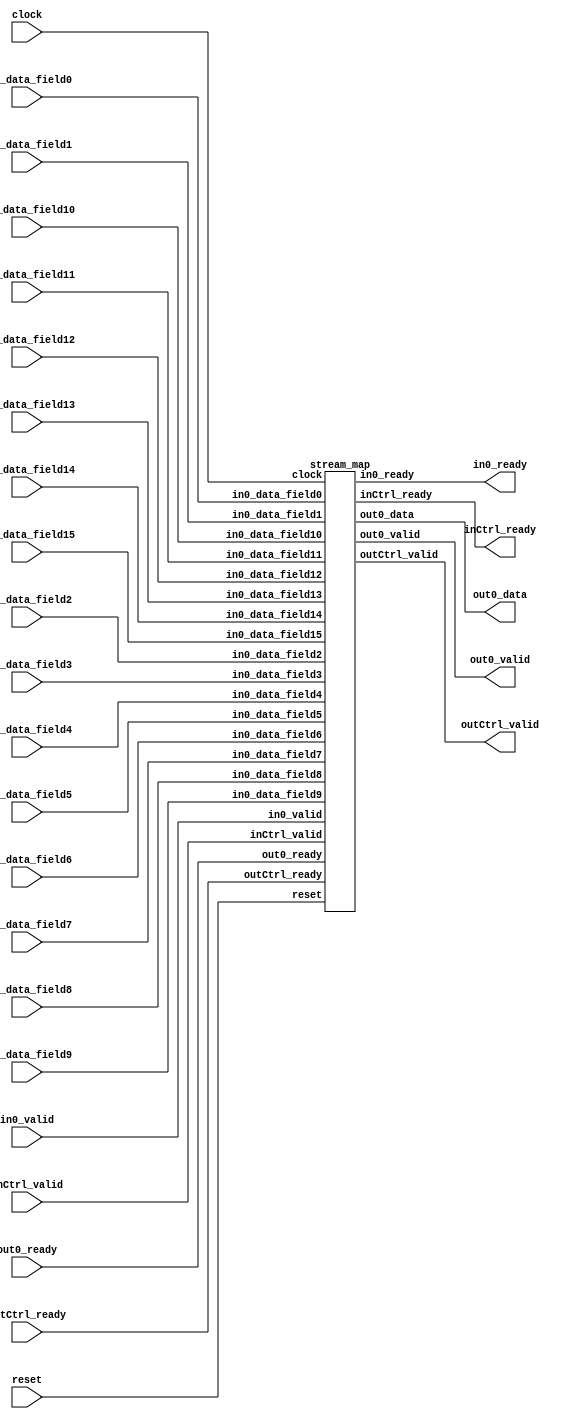
// Standard header to adapt well known macros to our needs.
`ifdef RANDOMIZE_REG_INIT
  `define RANDOMIZE
`endif

// RANDOM may be set to an expression that produces a 32-bit random unsigned value.
`ifndef RANDOM
  `define RANDOM $random
`endif

// Users can define INIT_RANDOM as general code that gets injected into the
// initializer block for modules with registers.
`ifndef INIT_RANDOM
  `define INIT_RANDOM
`endif

// If using random initialization, you can also define RANDOMIZE_DELAY to
// customize the delay used, otherwise 0.002 is used.
`ifndef RANDOMIZE_DELAY
  `define RANDOMIZE_DELAY 0.002
`endif

// Define INIT_RANDOM_PROLOG_ for use in our modules below.
`ifdef RANDOMIZE
  `ifdef VERILATOR
    `define INIT_RANDOM_PROLOG_ `INIT_RANDOM
  `else
    `define INIT_RANDOM_PROLOG_ `INIT_RANDOM #`RANDOMIZE_DELAY begin end
  `endif
`else
  `define INIT_RANDOM_PROLOG_
`endif

module tuples(	// ../tmp/unpack.mlir:4:1
  input         in0_valid,
  input  [31:0] in0_data_field0,
                in0_data_field1,
                in0_data_field2,
                in0_data_field3,
                in0_data_field4,
                in0_data_field5,
                in0_data_field6,
                in0_data_field7,
                in0_data_field8,
                in0_data_field9,
                in0_data_field10,
                in0_data_field11,
                in0_data_field12,
                in0_data_field13,
                in0_data_field14,
                in0_data_field15,
  input         inCtrl_valid,
                out0_ready,
                outCtrl_ready,
                clock,
                reset,
  output        in0_ready,
                inCtrl_ready,
                out0_valid,
  output [31:0] out0_data,
  output        outCtrl_valid);

  stream_map stream_map0 (	// ../tmp/unpack.mlir:5:10
    .in0_valid        (in0_valid),
    .in0_data_field0  (in0_data_field0),
    .in0_data_field1  (in0_data_field1),
    .in0_data_field2  (in0_data_field2),
    .in0_data_field3  (in0_data_field3),
    .in0_data_field4  (in0_data_field4),
    .in0_data_field5  (in0_data_field5),
    .in0_data_field6  (in0_data_field6),
    .in0_data_field7  (in0_data_field7),
    .in0_data_field8  (in0_data_field8),
    .in0_data_field9  (in0_data_field9),
    .in0_data_field10 (in0_data_field10),
    .in0_data_field11 (in0_data_field11),
    .in0_data_field12 (in0_data_field12),
    .in0_data_field13 (in0_data_field13),
    .in0_data_field14 (in0_data_field14),
    .in0_data_field15 (in0_data_field15),
    .inCtrl_valid     (inCtrl_valid),
    .out0_ready       (out0_ready),
    .outCtrl_ready    (outCtrl_ready),
    .clock            (clock),
    .reset            (reset),
    .in0_ready        (in0_ready),
    .inCtrl_ready     (inCtrl_ready),
    .out0_valid       (out0_valid),
    .out0_data        (out0_data),
    .outCtrl_valid    (outCtrl_valid)
  );
endmodule

module handshake_unpack_in_tuple_ui32_ui32_ui32_ui32_ui32_ui32_ui32_ui32_ui32_ui32_ui32_ui32_ui32_ui32_ui32_ui32_out_ui32_ui32_ui32_ui32_ui32_ui32_ui32_ui32_ui32_ui32_ui32_ui32_ui32_ui32_ui32_ui32(
  input         in0_valid,
  input  [31:0] in0_data_field0,
                in0_data_field1,
                in0_data_field2,
                in0_data_field3,
                in0_data_field4,
                in0_data_field5,
                in0_data_field6,
                in0_data_field7,
                in0_data_field8,
                in0_data_field9,
                in0_data_field10,
                in0_data_field11,
                in0_data_field12,
                in0_data_field13,
                in0_data_field14,
                in0_data_field15,
  input         out0_ready,
                out1_ready,
                out2_ready,
                out3_ready,
                out4_ready,
                out5_ready,
                out6_ready,
                out7_ready,
                out8_ready,
                out9_ready,
                out10_ready,
                out11_ready,
                out12_ready,
                out13_ready,
                out14_ready,
                out15_ready,
                clock,
                reset,
  output        in0_ready,
                out0_valid,
  output [31:0] out0_data,
  output        out1_valid,
  output [31:0] out1_data,
  output        out2_valid,
  output [31:0] out2_data,
  output        out3_valid,
  output [31:0] out3_data,
  output        out4_valid,
  output [31:0] out4_data,
  output        out5_valid,
  output [31:0] out5_data,
  output        out6_valid,
  output [31:0] out6_data,
  output        out7_valid,
  output [31:0] out7_data,
  output        out8_valid,
  output [31:0] out8_data,
  output        out9_valid,
  output [31:0] out9_data,
  output        out10_valid,
  output [31:0] out10_data,
  output        out11_valid,
  output [31:0] out11_data,
  output        out12_valid,
  output [31:0] out12_data,
  output        out13_valid,
  output [31:0] out13_data,
  output        out14_valid,
  output [31:0] out14_data,
  output        out15_valid,
  output [31:0] out15_data);

  wire _GEN;
  wire _GEN_0;
  wire _GEN_1;
  wire _GEN_2;
  wire _GEN_3;
  wire _GEN_4;
  wire _GEN_5;
  wire _GEN_6;
  wire _GEN_7;
  wire _GEN_8;
  wire _GEN_9;
  wire _GEN_10;
  wire _GEN_11;
  wire _GEN_12;
  wire _GEN_13;
  wire _GEN_14;
  reg  emtd0;
  reg  emtd1;
  reg  emtd2;
  reg  emtd3;
  reg  emtd4;
  reg  emtd5;
  reg  emtd6;
  reg  emtd7;
  reg  emtd8;
  reg  emtd9;
  reg  emtd10;
  reg  emtd11;
  reg  emtd12;
  reg  emtd13;
  reg  emtd14;
  reg  emtd15;

  wire _GEN_15 = _GEN & _GEN_0 & _GEN_1 & _GEN_2 & _GEN_3 & _GEN_4 & _GEN_5 & _GEN_6 & _GEN_7 & _GEN_8 &
                _GEN_9 & _GEN_10 & _GEN_11 & _GEN_12 & _GEN_13 & _GEN_14;
  wire _GEN_16 = ~emtd0 & in0_valid;
  assign _GEN_14 = out0_ready & _GEN_16 | emtd0;
  wire _GEN_17 = ~emtd1 & in0_valid;
  assign _GEN_13 = out1_ready & _GEN_17 | emtd1;
  wire _GEN_18 = ~emtd2 & in0_valid;
  assign _GEN_12 = out2_ready & _GEN_18 | emtd2;
  wire _GEN_19 = ~emtd3 & in0_valid;
  assign _GEN_11 = out3_ready & _GEN_19 | emtd3;
  wire _GEN_20 = ~emtd4 & in0_valid;
  assign _GEN_10 = out4_ready & _GEN_20 | emtd4;
  wire _GEN_21 = ~emtd5 & in0_valid;
  assign _GEN_9 = out5_ready & _GEN_21 | emtd5;
  wire _GEN_22 = ~emtd6 & in0_valid;
  assign _GEN_8 = out6_ready & _GEN_22 | emtd6;
  wire _GEN_23 = ~emtd7 & in0_valid;
  assign _GEN_7 = out7_ready & _GEN_23 | emtd7;
  wire _GEN_24 = ~emtd8 & in0_valid;
  assign _GEN_6 = out8_ready & _GEN_24 | emtd8;
  wire _GEN_25 = ~emtd9 & in0_valid;
  assign _GEN_5 = out9_ready & _GEN_25 | emtd9;
  wire _GEN_26 = ~emtd10 & in0_valid;
  assign _GEN_4 = out10_ready & _GEN_26 | emtd10;
  wire _GEN_27 = ~emtd11 & in0_valid;
  assign _GEN_3 = out11_ready & _GEN_27 | emtd11;
  wire _GEN_28 = ~emtd12 & in0_valid;
  assign _GEN_2 = out12_ready & _GEN_28 | emtd12;
  wire _GEN_29 = ~emtd13 & in0_valid;
  assign _GEN_1 = out13_ready & _GEN_29 | emtd13;
  wire _GEN_30 = ~emtd14 & in0_valid;
  assign _GEN_0 = out14_ready & _GEN_30 | emtd14;
  `ifndef SYNTHESIS
    `ifdef RANDOMIZE_REG_INIT
      reg [31:0] _RANDOM;

    `endif
    initial begin
      `INIT_RANDOM_PROLOG_
      `ifdef RANDOMIZE_REG_INIT
        _RANDOM = {`RANDOM};
        emtd0 = _RANDOM[0];
        emtd1 = _RANDOM[1];
        emtd2 = _RANDOM[2];
        emtd3 = _RANDOM[3];
        emtd4 = _RANDOM[4];
        emtd5 = _RANDOM[5];
        emtd6 = _RANDOM[6];
        emtd7 = _RANDOM[7];
        emtd8 = _RANDOM[8];
        emtd9 = _RANDOM[9];
        emtd10 = _RANDOM[10];
        emtd11 = _RANDOM[11];
        emtd12 = _RANDOM[12];
        emtd13 = _RANDOM[13];
        emtd14 = _RANDOM[14];
        emtd15 = _RANDOM[15];
      `endif
    end // initial
  `endif
  always @(posedge clock) begin
    if (reset) begin
      emtd0 <= 1'h0;
      emtd1 <= 1'h0;
      emtd2 <= 1'h0;
      emtd3 <= 1'h0;
      emtd4 <= 1'h0;
      emtd5 <= 1'h0;
      emtd6 <= 1'h0;
      emtd7 <= 1'h0;
      emtd8 <= 1'h0;
      emtd9 <= 1'h0;
      emtd10 <= 1'h0;
      emtd11 <= 1'h0;
      emtd12 <= 1'h0;
      emtd13 <= 1'h0;
      emtd14 <= 1'h0;
      emtd15 <= 1'h0;
    end
    else begin
      emtd0 <= _GEN_14 & ~_GEN_15;
      emtd1 <= _GEN_13 & ~_GEN_15;
      emtd2 <= _GEN_12 & ~_GEN_15;
      emtd3 <= _GEN_11 & ~_GEN_15;
      emtd4 <= _GEN_10 & ~_GEN_15;
      emtd5 <= _GEN_9 & ~_GEN_15;
      emtd6 <= _GEN_8 & ~_GEN_15;
      emtd7 <= _GEN_7 & ~_GEN_15;
      emtd8 <= _GEN_6 & ~_GEN_15;
      emtd9 <= _GEN_5 & ~_GEN_15;
      emtd10 <= _GEN_4 & ~_GEN_15;
      emtd11 <= _GEN_3 & ~_GEN_15;
      emtd12 <= _GEN_2 & ~_GEN_15;
      emtd13 <= _GEN_1 & ~_GEN_15;
      emtd14 <= _GEN_0 & ~_GEN_15;
      emtd15 <= _GEN & ~_GEN_15;
    end
  end // always @(posedge)
      wire _GEN_31 = ~emtd15 & in0_valid;
  assign _GEN = out15_ready & _GEN_31 | emtd15;
  assign in0_ready = _GEN_15;
  assign out0_valid = _GEN_16;
  assign out0_data = in0_data_field0;
  assign out1_valid = _GEN_17;
  assign out1_data = in0_data_field1;
  assign out2_valid = _GEN_18;
  assign out2_data = in0_data_field2;
  assign out3_valid = _GEN_19;
  assign out3_data = in0_data_field3;
  assign out4_valid = _GEN_20;
  assign out4_data = in0_data_field4;
  assign out5_valid = _GEN_21;
  assign out5_data = in0_data_field5;
  assign out6_valid = _GEN_22;
  assign out6_data = in0_data_field6;
  assign out7_valid = _GEN_23;
  assign out7_data = in0_data_field7;
  assign out8_valid = _GEN_24;
  assign out8_data = in0_data_field8;
  assign out9_valid = _GEN_25;
  assign out9_data = in0_data_field9;
  assign out10_valid = _GEN_26;
  assign out10_data = in0_data_field10;
  assign out11_valid = _GEN_27;
  assign out11_data = in0_data_field11;
  assign out12_valid = _GEN_28;
  assign out12_data = in0_data_field12;
  assign out13_valid = _GEN_29;
  assign out13_data = in0_data_field13;
  assign out14_valid = _GEN_30;
  assign out14_data = in0_data_field14;
  assign out15_valid = _GEN_31;
  assign out15_data = in0_data_field15;
endmodule

module arith_addi_in_ui32_ui32_out_ui32(
  input         in0_valid,
  input  [31:0] in0_data,
  input         in1_valid,
  input  [31:0] in1_data,
  input         out0_ready,
  output        in0_ready,
                in1_ready,
                out0_valid,
  output [31:0] out0_data);

  wire _GEN = in0_valid & in1_valid;
  wire _GEN_0 = out0_ready & _GEN;
  assign in0_ready = _GEN_0;
  assign in1_ready = _GEN_0;
  assign out0_valid = _GEN;
  assign out0_data = in0_data + in1_data;
endmodule

module stream_map(
  input         in0_valid,
  input  [31:0] in0_data_field0,
                in0_data_field1,
                in0_data_field2,
                in0_data_field3,
                in0_data_field4,
                in0_data_field5,
                in0_data_field6,
                in0_data_field7,
                in0_data_field8,
                in0_data_field9,
                in0_data_field10,
                in0_data_field11,
                in0_data_field12,
                in0_data_field13,
                in0_data_field14,
                in0_data_field15,
  input         inCtrl_valid,
                out0_ready,
                outCtrl_ready,
                clock,
                reset,
  output        in0_ready,
                inCtrl_ready,
                out0_valid,
  output [31:0] out0_data,
  output        outCtrl_valid);

  wire        _arith_addi14_in0_ready;	// ../tmp/unpack.mlir:25:12
  wire        _arith_addi14_in1_ready;	// ../tmp/unpack.mlir:25:12
  wire        _arith_addi13_in0_ready;	// ../tmp/unpack.mlir:23:11
  wire        _arith_addi13_in1_ready;	// ../tmp/unpack.mlir:23:11
  wire        _arith_addi13_out0_valid;	// ../tmp/unpack.mlir:23:11
  wire [31:0] _arith_addi13_out0_data;	// ../tmp/unpack.mlir:23:11
  wire        _arith_addi12_in0_ready;	// ../tmp/unpack.mlir:22:11
  wire        _arith_addi12_in1_ready;	// ../tmp/unpack.mlir:22:11
  wire        _arith_addi12_out0_valid;	// ../tmp/unpack.mlir:22:11
  wire [31:0] _arith_addi12_out0_data;	// ../tmp/unpack.mlir:22:11
  wire        _arith_addi11_in0_ready;	// ../tmp/unpack.mlir:20:11
  wire        _arith_addi11_in1_ready;	// ../tmp/unpack.mlir:20:11
  wire        _arith_addi11_out0_valid;	// ../tmp/unpack.mlir:20:11
  wire [31:0] _arith_addi11_out0_data;	// ../tmp/unpack.mlir:20:11
  wire        _arith_addi10_in0_ready;	// ../tmp/unpack.mlir:19:11
  wire        _arith_addi10_in1_ready;	// ../tmp/unpack.mlir:19:11
  wire        _arith_addi10_out0_valid;	// ../tmp/unpack.mlir:19:11
  wire [31:0] _arith_addi10_out0_data;	// ../tmp/unpack.mlir:19:11
  wire        _arith_addi9_in0_ready;	// ../tmp/unpack.mlir:18:11
  wire        _arith_addi9_in1_ready;	// ../tmp/unpack.mlir:18:11
  wire        _arith_addi9_out0_valid;	// ../tmp/unpack.mlir:18:11
  wire [31:0] _arith_addi9_out0_data;	// ../tmp/unpack.mlir:18:11
  wire        _arith_addi8_in0_ready;	// ../tmp/unpack.mlir:17:11
  wire        _arith_addi8_in1_ready;	// ../tmp/unpack.mlir:17:11
  wire        _arith_addi8_out0_valid;	// ../tmp/unpack.mlir:17:11
  wire [31:0] _arith_addi8_out0_data;	// ../tmp/unpack.mlir:17:11
  wire        _arith_addi7_in0_ready;	// ../tmp/unpack.mlir:15:11
  wire        _arith_addi7_in1_ready;	// ../tmp/unpack.mlir:15:11
  wire        _arith_addi7_out0_valid;	// ../tmp/unpack.mlir:15:11
  wire [31:0] _arith_addi7_out0_data;	// ../tmp/unpack.mlir:15:11
  wire        _arith_addi6_in0_ready;	// ../tmp/unpack.mlir:14:11
  wire        _arith_addi6_in1_ready;	// ../tmp/unpack.mlir:14:11
  wire        _arith_addi6_out0_valid;	// ../tmp/unpack.mlir:14:11
  wire [31:0] _arith_addi6_out0_data;	// ../tmp/unpack.mlir:14:11
  wire        _arith_addi5_in0_ready;	// ../tmp/unpack.mlir:13:11
  wire        _arith_addi5_in1_ready;	// ../tmp/unpack.mlir:13:11
  wire        _arith_addi5_out0_valid;	// ../tmp/unpack.mlir:13:11
  wire [31:0] _arith_addi5_out0_data;	// ../tmp/unpack.mlir:13:11
  wire        _arith_addi4_in0_ready;	// ../tmp/unpack.mlir:12:11
  wire        _arith_addi4_in1_ready;	// ../tmp/unpack.mlir:12:11
  wire        _arith_addi4_out0_valid;	// ../tmp/unpack.mlir:12:11
  wire [31:0] _arith_addi4_out0_data;	// ../tmp/unpack.mlir:12:11
  wire        _arith_addi3_in0_ready;	// ../tmp/unpack.mlir:11:11
  wire        _arith_addi3_in1_ready;	// ../tmp/unpack.mlir:11:11
  wire        _arith_addi3_out0_valid;	// ../tmp/unpack.mlir:11:11
  wire [31:0] _arith_addi3_out0_data;	// ../tmp/unpack.mlir:11:11
  wire        _arith_addi2_in0_ready;	// ../tmp/unpack.mlir:10:11
  wire        _arith_addi2_in1_ready;	// ../tmp/unpack.mlir:10:11
  wire        _arith_addi2_out0_valid;	// ../tmp/unpack.mlir:10:11
  wire [31:0] _arith_addi2_out0_data;	// ../tmp/unpack.mlir:10:11
  wire        _arith_addi1_in0_ready;	// ../tmp/unpack.mlir:9:11
  wire        _arith_addi1_in1_ready;	// ../tmp/unpack.mlir:9:11
  wire        _arith_addi1_out0_valid;	// ../tmp/unpack.mlir:9:11
  wire [31:0] _arith_addi1_out0_data;	// ../tmp/unpack.mlir:9:11
  wire        _arith_addi0_in0_ready;	// ../tmp/unpack.mlir:8:11
  wire        _arith_addi0_in1_ready;	// ../tmp/unpack.mlir:8:11
  wire        _arith_addi0_out0_valid;	// ../tmp/unpack.mlir:8:11
  wire [31:0] _arith_addi0_out0_data;	// ../tmp/unpack.mlir:8:11
  wire        _handshake_unpack0_out0_valid;	// ../tmp/unpack.mlir:7:14
  wire [31:0] _handshake_unpack0_out0_data;	// ../tmp/unpack.mlir:7:14
  wire        _handshake_unpack0_out1_valid;	// ../tmp/unpack.mlir:7:14
  wire [31:0] _handshake_unpack0_out1_data;	// ../tmp/unpack.mlir:7:14
  wire        _handshake_unpack0_out2_valid;	// ../tmp/unpack.mlir:7:14
  wire [31:0] _handshake_unpack0_out2_data;	// ../tmp/unpack.mlir:7:14
  wire        _handshake_unpack0_out3_valid;	// ../tmp/unpack.mlir:7:14
  wire [31:0] _handshake_unpack0_out3_data;	// ../tmp/unpack.mlir:7:14
  wire        _handshake_unpack0_out4_valid;	// ../tmp/unpack.mlir:7:14
  wire [31:0] _handshake_unpack0_out4_data;	// ../tmp/unpack.mlir:7:14
  wire        _handshake_unpack0_out5_valid;	// ../tmp/unpack.mlir:7:14
  wire [31:0] _handshake_unpack0_out5_data;	// ../tmp/unpack.mlir:7:14
  wire        _handshake_unpack0_out6_valid;	// ../tmp/unpack.mlir:7:14
  wire [31:0] _handshake_unpack0_out6_data;	// ../tmp/unpack.mlir:7:14
  wire        _handshake_unpack0_out7_valid;	// ../tmp/unpack.mlir:7:14
  wire [31:0] _handshake_unpack0_out7_data;	// ../tmp/unpack.mlir:7:14
  wire        _handshake_unpack0_out8_valid;	// ../tmp/unpack.mlir:7:14
  wire [31:0] _handshake_unpack0_out8_data;	// ../tmp/unpack.mlir:7:14
  wire        _handshake_unpack0_out9_valid;	// ../tmp/unpack.mlir:7:14
  wire [31:0] _handshake_unpack0_out9_data;	// ../tmp/unpack.mlir:7:14
  wire        _handshake_unpack0_out10_valid;	// ../tmp/unpack.mlir:7:14
  wire [31:0] _handshake_unpack0_out10_data;	// ../tmp/unpack.mlir:7:14
  wire        _handshake_unpack0_out11_valid;	// ../tmp/unpack.mlir:7:14
  wire [31:0] _handshake_unpack0_out11_data;	// ../tmp/unpack.mlir:7:14
  wire        _handshake_unpack0_out12_valid;	// ../tmp/unpack.mlir:7:14
  wire [31:0] _handshake_unpack0_out12_data;	// ../tmp/unpack.mlir:7:14
  wire        _handshake_unpack0_out13_valid;	// ../tmp/unpack.mlir:7:14
  wire [31:0] _handshake_unpack0_out13_data;	// ../tmp/unpack.mlir:7:14
  wire        _handshake_unpack0_out14_valid;	// ../tmp/unpack.mlir:7:14
  wire [31:0] _handshake_unpack0_out14_data;	// ../tmp/unpack.mlir:7:14
  wire        _handshake_unpack0_out15_valid;	// ../tmp/unpack.mlir:7:14
  wire [31:0] _handshake_unpack0_out15_data;	// ../tmp/unpack.mlir:7:14

  handshake_unpack_in_tuple_ui32_ui32_ui32_ui32_ui32_ui32_ui32_ui32_ui32_ui32_ui32_ui32_ui32_ui32_ui32_ui32_out_ui32_ui32_ui32_ui32_ui32_ui32_ui32_ui32_ui32_ui32_ui32_ui32_ui32_ui32_ui32_ui32 handshake_unpack0 (	// ../tmp/unpack.mlir:7:14
    .in0_valid        (in0_valid),
    .in0_data_field0  (in0_data_field0),
    .in0_data_field1  (in0_data_field1),
    .in0_data_field2  (in0_data_field2),
    .in0_data_field3  (in0_data_field3),
    .in0_data_field4  (in0_data_field4),
    .in0_data_field5  (in0_data_field5),
    .in0_data_field6  (in0_data_field6),
    .in0_data_field7  (in0_data_field7),
    .in0_data_field8  (in0_data_field8),
    .in0_data_field9  (in0_data_field9),
    .in0_data_field10 (in0_data_field10),
    .in0_data_field11 (in0_data_field11),
    .in0_data_field12 (in0_data_field12),
    .in0_data_field13 (in0_data_field13),
    .in0_data_field14 (in0_data_field14),
    .in0_data_field15 (in0_data_field15),
    .out0_ready       (_arith_addi0_in0_ready),	// ../tmp/unpack.mlir:8:11
    .out1_ready       (_arith_addi0_in1_ready),	// ../tmp/unpack.mlir:8:11
    .out2_ready       (_arith_addi1_in0_ready),	// ../tmp/unpack.mlir:9:11
    .out3_ready       (_arith_addi1_in1_ready),	// ../tmp/unpack.mlir:9:11
    .out4_ready       (_arith_addi2_in0_ready),	// ../tmp/unpack.mlir:10:11
    .out5_ready       (_arith_addi2_in1_ready),	// ../tmp/unpack.mlir:10:11
    .out6_ready       (_arith_addi3_in0_ready),	// ../tmp/unpack.mlir:11:11
    .out7_ready       (_arith_addi3_in1_ready),	// ../tmp/unpack.mlir:11:11
    .out8_ready       (_arith_addi4_in0_ready),	// ../tmp/unpack.mlir:12:11
    .out9_ready       (_arith_addi4_in1_ready),	// ../tmp/unpack.mlir:12:11
    .out10_ready      (_arith_addi5_in0_ready),	// ../tmp/unpack.mlir:13:11
    .out11_ready      (_arith_addi5_in1_ready),	// ../tmp/unpack.mlir:13:11
    .out12_ready      (_arith_addi6_in0_ready),	// ../tmp/unpack.mlir:14:11
    .out13_ready      (_arith_addi6_in1_ready),	// ../tmp/unpack.mlir:14:11
    .out14_ready      (_arith_addi7_in0_ready),	// ../tmp/unpack.mlir:15:11
    .out15_ready      (_arith_addi7_in1_ready),	// ../tmp/unpack.mlir:15:11
    .clock            (clock),
    .reset            (reset),
    .in0_ready        (in0_ready),
    .out0_valid       (_handshake_unpack0_out0_valid),
    .out0_data        (_handshake_unpack0_out0_data),
    .out1_valid       (_handshake_unpack0_out1_valid),
    .out1_data        (_handshake_unpack0_out1_data),
    .out2_valid       (_handshake_unpack0_out2_valid),
    .out2_data        (_handshake_unpack0_out2_data),
    .out3_valid       (_handshake_unpack0_out3_valid),
    .out3_data        (_handshake_unpack0_out3_data),
    .out4_valid       (_handshake_unpack0_out4_valid),
    .out4_data        (_handshake_unpack0_out4_data),
    .out5_valid       (_handshake_unpack0_out5_valid),
    .out5_data        (_handshake_unpack0_out5_data),
    .out6_valid       (_handshake_unpack0_out6_valid),
    .out6_data        (_handshake_unpack0_out6_data),
    .out7_valid       (_handshake_unpack0_out7_valid),
    .out7_data        (_handshake_unpack0_out7_data),
    .out8_valid       (_handshake_unpack0_out8_valid),
    .out8_data        (_handshake_unpack0_out8_data),
    .out9_valid       (_handshake_unpack0_out9_valid),
    .out9_data        (_handshake_unpack0_out9_data),
    .out10_valid      (_handshake_unpack0_out10_valid),
    .out10_data       (_handshake_unpack0_out10_data),
    .out11_valid      (_handshake_unpack0_out11_valid),
    .out11_data       (_handshake_unpack0_out11_data),
    .out12_valid      (_handshake_unpack0_out12_valid),
    .out12_data       (_handshake_unpack0_out12_data),
    .out13_valid      (_handshake_unpack0_out13_valid),
    .out13_data       (_handshake_unpack0_out13_data),
    .out14_valid      (_handshake_unpack0_out14_valid),
    .out14_data       (_handshake_unpack0_out14_data),
    .out15_valid      (_handshake_unpack0_out15_valid),
    .out15_data       (_handshake_unpack0_out15_data)
  );
  arith_addi_in_ui32_ui32_out_ui32 arith_addi0 (	// ../tmp/unpack.mlir:8:11
    .in0_valid  (_handshake_unpack0_out0_valid),	// ../tmp/unpack.mlir:7:14
    .in0_data   (_handshake_unpack0_out0_data),	// ../tmp/unpack.mlir:7:14
    .in1_valid  (_handshake_unpack0_out1_valid),	// ../tmp/unpack.mlir:7:14
    .in1_data   (_handshake_unpack0_out1_data),	// ../tmp/unpack.mlir:7:14
    .out0_ready (_arith_addi8_in0_ready),	// ../tmp/unpack.mlir:17:11
    .in0_ready  (_arith_addi0_in0_ready),
    .in1_ready  (_arith_addi0_in1_ready),
    .out0_valid (_arith_addi0_out0_valid),
    .out0_data  (_arith_addi0_out0_data)
  );
  arith_addi_in_ui32_ui32_out_ui32 arith_addi1 (	// ../tmp/unpack.mlir:9:11
    .in0_valid  (_handshake_unpack0_out2_valid),	// ../tmp/unpack.mlir:7:14
    .in0_data   (_handshake_unpack0_out2_data),	// ../tmp/unpack.mlir:7:14
    .in1_valid  (_handshake_unpack0_out3_valid),	// ../tmp/unpack.mlir:7:14
    .in1_data   (_handshake_unpack0_out3_data),	// ../tmp/unpack.mlir:7:14
    .out0_ready (_arith_addi8_in1_ready),	// ../tmp/unpack.mlir:17:11
    .in0_ready  (_arith_addi1_in0_ready),
    .in1_ready  (_arith_addi1_in1_ready),
    .out0_valid (_arith_addi1_out0_valid),
    .out0_data  (_arith_addi1_out0_data)
  );
  arith_addi_in_ui32_ui32_out_ui32 arith_addi2 (	// ../tmp/unpack.mlir:10:11
    .in0_valid  (_handshake_unpack0_out4_valid),	// ../tmp/unpack.mlir:7:14
    .in0_data   (_handshake_unpack0_out4_data),	// ../tmp/unpack.mlir:7:14
    .in1_valid  (_handshake_unpack0_out5_valid),	// ../tmp/unpack.mlir:7:14
    .in1_data   (_handshake_unpack0_out5_data),	// ../tmp/unpack.mlir:7:14
    .out0_ready (_arith_addi9_in0_ready),	// ../tmp/unpack.mlir:18:11
    .in0_ready  (_arith_addi2_in0_ready),
    .in1_ready  (_arith_addi2_in1_ready),
    .out0_valid (_arith_addi2_out0_valid),
    .out0_data  (_arith_addi2_out0_data)
  );
  arith_addi_in_ui32_ui32_out_ui32 arith_addi3 (	// ../tmp/unpack.mlir:11:11
    .in0_valid  (_handshake_unpack0_out6_valid),	// ../tmp/unpack.mlir:7:14
    .in0_data   (_handshake_unpack0_out6_data),	// ../tmp/unpack.mlir:7:14
    .in1_valid  (_handshake_unpack0_out7_valid),	// ../tmp/unpack.mlir:7:14
    .in1_data   (_handshake_unpack0_out7_data),	// ../tmp/unpack.mlir:7:14
    .out0_ready (_arith_addi9_in1_ready),	// ../tmp/unpack.mlir:18:11
    .in0_ready  (_arith_addi3_in0_ready),
    .in1_ready  (_arith_addi3_in1_ready),
    .out0_valid (_arith_addi3_out0_valid),
    .out0_data  (_arith_addi3_out0_data)
  );
  arith_addi_in_ui32_ui32_out_ui32 arith_addi4 (	// ../tmp/unpack.mlir:12:11
    .in0_valid  (_handshake_unpack0_out8_valid),	// ../tmp/unpack.mlir:7:14
    .in0_data   (_handshake_unpack0_out8_data),	// ../tmp/unpack.mlir:7:14
    .in1_valid  (_handshake_unpack0_out9_valid),	// ../tmp/unpack.mlir:7:14
    .in1_data   (_handshake_unpack0_out9_data),	// ../tmp/unpack.mlir:7:14
    .out0_ready (_arith_addi10_in0_ready),	// ../tmp/unpack.mlir:19:11
    .in0_ready  (_arith_addi4_in0_ready),
    .in1_ready  (_arith_addi4_in1_ready),
    .out0_valid (_arith_addi4_out0_valid),
    .out0_data  (_arith_addi4_out0_data)
  );
  arith_addi_in_ui32_ui32_out_ui32 arith_addi5 (	// ../tmp/unpack.mlir:13:11
    .in0_valid  (_handshake_unpack0_out10_valid),	// ../tmp/unpack.mlir:7:14
    .in0_data   (_handshake_unpack0_out10_data),	// ../tmp/unpack.mlir:7:14
    .in1_valid  (_handshake_unpack0_out11_valid),	// ../tmp/unpack.mlir:7:14
    .in1_data   (_handshake_unpack0_out11_data),	// ../tmp/unpack.mlir:7:14
    .out0_ready (_arith_addi10_in1_ready),	// ../tmp/unpack.mlir:19:11
    .in0_ready  (_arith_addi5_in0_ready),
    .in1_ready  (_arith_addi5_in1_ready),
    .out0_valid (_arith_addi5_out0_valid),
    .out0_data  (_arith_addi5_out0_data)
  );
  arith_addi_in_ui32_ui32_out_ui32 arith_addi6 (	// ../tmp/unpack.mlir:14:11
    .in0_valid  (_handshake_unpack0_out12_valid),	// ../tmp/unpack.mlir:7:14
    .in0_data   (_handshake_unpack0_out12_data),	// ../tmp/unpack.mlir:7:14
    .in1_valid  (_handshake_unpack0_out13_valid),	// ../tmp/unpack.mlir:7:14
    .in1_data   (_handshake_unpack0_out13_data),	// ../tmp/unpack.mlir:7:14
    .out0_ready (_arith_addi11_in0_ready),	// ../tmp/unpack.mlir:20:11
    .in0_ready  (_arith_addi6_in0_ready),
    .in1_ready  (_arith_addi6_in1_ready),
    .out0_valid (_arith_addi6_out0_valid),
    .out0_data  (_arith_addi6_out0_data)
  );
  arith_addi_in_ui32_ui32_out_ui32 arith_addi7 (	// ../tmp/unpack.mlir:15:11
    .in0_valid  (_handshake_unpack0_out14_valid),	// ../tmp/unpack.mlir:7:14
    .in0_data   (_handshake_unpack0_out14_data),	// ../tmp/unpack.mlir:7:14
    .in1_valid  (_handshake_unpack0_out15_valid),	// ../tmp/unpack.mlir:7:14
    .in1_data   (_handshake_unpack0_out15_data),	// ../tmp/unpack.mlir:7:14
    .out0_ready (_arith_addi11_in1_ready),	// ../tmp/unpack.mlir:20:11
    .in0_ready  (_arith_addi7_in0_ready),
    .in1_ready  (_arith_addi7_in1_ready),
    .out0_valid (_arith_addi7_out0_valid),
    .out0_data  (_arith_addi7_out0_data)
  );
  arith_addi_in_ui32_ui32_out_ui32 arith_addi8 (	// ../tmp/unpack.mlir:17:11
    .in0_valid  (_arith_addi0_out0_valid),	// ../tmp/unpack.mlir:8:11
    .in0_data   (_arith_addi0_out0_data),	// ../tmp/unpack.mlir:8:11
    .in1_valid  (_arith_addi1_out0_valid),	// ../tmp/unpack.mlir:9:11
    .in1_data   (_arith_addi1_out0_data),	// ../tmp/unpack.mlir:9:11
    .out0_ready (_arith_addi12_in0_ready),	// ../tmp/unpack.mlir:22:11
    .in0_ready  (_arith_addi8_in0_ready),
    .in1_ready  (_arith_addi8_in1_ready),
    .out0_valid (_arith_addi8_out0_valid),
    .out0_data  (_arith_addi8_out0_data)
  );
  arith_addi_in_ui32_ui32_out_ui32 arith_addi9 (	// ../tmp/unpack.mlir:18:11
    .in0_valid  (_arith_addi2_out0_valid),	// ../tmp/unpack.mlir:10:11
    .in0_data   (_arith_addi2_out0_data),	// ../tmp/unpack.mlir:10:11
    .in1_valid  (_arith_addi3_out0_valid),	// ../tmp/unpack.mlir:11:11
    .in1_data   (_arith_addi3_out0_data),	// ../tmp/unpack.mlir:11:11
    .out0_ready (_arith_addi12_in1_ready),	// ../tmp/unpack.mlir:22:11
    .in0_ready  (_arith_addi9_in0_ready),
    .in1_ready  (_arith_addi9_in1_ready),
    .out0_valid (_arith_addi9_out0_valid),
    .out0_data  (_arith_addi9_out0_data)
  );
  arith_addi_in_ui32_ui32_out_ui32 arith_addi10 (	// ../tmp/unpack.mlir:19:11
    .in0_valid  (_arith_addi4_out0_valid),	// ../tmp/unpack.mlir:12:11
    .in0_data   (_arith_addi4_out0_data),	// ../tmp/unpack.mlir:12:11
    .in1_valid  (_arith_addi5_out0_valid),	// ../tmp/unpack.mlir:13:11
    .in1_data   (_arith_addi5_out0_data),	// ../tmp/unpack.mlir:13:11
    .out0_ready (_arith_addi13_in0_ready),	// ../tmp/unpack.mlir:23:11
    .in0_ready  (_arith_addi10_in0_ready),
    .in1_ready  (_arith_addi10_in1_ready),
    .out0_valid (_arith_addi10_out0_valid),
    .out0_data  (_arith_addi10_out0_data)
  );
  arith_addi_in_ui32_ui32_out_ui32 arith_addi11 (	// ../tmp/unpack.mlir:20:11
    .in0_valid  (_arith_addi6_out0_valid),	// ../tmp/unpack.mlir:14:11
    .in0_data   (_arith_addi6_out0_data),	// ../tmp/unpack.mlir:14:11
    .in1_valid  (_arith_addi7_out0_valid),	// ../tmp/unpack.mlir:15:11
    .in1_data   (_arith_addi7_out0_data),	// ../tmp/unpack.mlir:15:11
    .out0_ready (_arith_addi13_in1_ready),	// ../tmp/unpack.mlir:23:11
    .in0_ready  (_arith_addi11_in0_ready),
    .in1_ready  (_arith_addi11_in1_ready),
    .out0_valid (_arith_addi11_out0_valid),
    .out0_data  (_arith_addi11_out0_data)
  );
  arith_addi_in_ui32_ui32_out_ui32 arith_addi12 (	// ../tmp/unpack.mlir:22:11
    .in0_valid  (_arith_addi8_out0_valid),	// ../tmp/unpack.mlir:17:11
    .in0_data   (_arith_addi8_out0_data),	// ../tmp/unpack.mlir:17:11
    .in1_valid  (_arith_addi9_out0_valid),	// ../tmp/unpack.mlir:18:11
    .in1_data   (_arith_addi9_out0_data),	// ../tmp/unpack.mlir:18:11
    .out0_ready (_arith_addi14_in0_ready),	// ../tmp/unpack.mlir:25:12
    .in0_ready  (_arith_addi12_in0_ready),
    .in1_ready  (_arith_addi12_in1_ready),
    .out0_valid (_arith_addi12_out0_valid),
    .out0_data  (_arith_addi12_out0_data)
  );
  arith_addi_in_ui32_ui32_out_ui32 arith_addi13 (	// ../tmp/unpack.mlir:23:11
    .in0_valid  (_arith_addi10_out0_valid),	// ../tmp/unpack.mlir:19:11
    .in0_data   (_arith_addi10_out0_data),	// ../tmp/unpack.mlir:19:11
    .in1_valid  (_arith_addi11_out0_valid),	// ../tmp/unpack.mlir:20:11
    .in1_data   (_arith_addi11_out0_data),	// ../tmp/unpack.mlir:20:11
    .out0_ready (_arith_addi14_in1_ready),	// ../tmp/unpack.mlir:25:12
    .in0_ready  (_arith_addi13_in0_ready),
    .in1_ready  (_arith_addi13_in1_ready),
    .out0_valid (_arith_addi13_out0_valid),
    .out0_data  (_arith_addi13_out0_data)
  );
  arith_addi_in_ui32_ui32_out_ui32 arith_addi14 (	// ../tmp/unpack.mlir:25:12
    .in0_valid  (_arith_addi12_out0_valid),	// ../tmp/unpack.mlir:22:11
    .in0_data   (_arith_addi12_out0_data),	// ../tmp/unpack.mlir:22:11
    .in1_valid  (_arith_addi13_out0_valid),	// ../tmp/unpack.mlir:23:11
    .in1_data   (_arith_addi13_out0_data),	// ../tmp/unpack.mlir:23:11
    .out0_ready (out0_ready),
    .in0_ready  (_arith_addi14_in0_ready),
    .in1_ready  (_arith_addi14_in1_ready),
    .out0_valid (out0_valid),
    .out0_data  (out0_data)
  );
  assign inCtrl_ready = outCtrl_ready;
  assign outCtrl_valid = inCtrl_valid;
endmodule